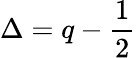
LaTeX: \Delta=q-\frac{1}{2}